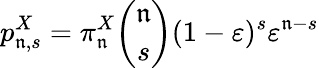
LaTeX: p_{\mathfrak{n},s}^{X}=\pi_{\mathfrak{n}}^{X}\binom{\mathfrak{n}}{s}(1-\varepsilon)^{s}\varepsilon^{\mathfrak{n}-s}